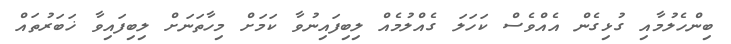
ބިންހެލުމާއި ގުޅިގެން އެއްވެސް ކަހަލަ ގެއްލުމެއް ލިބިފައިނުވާ ކަމަށް މިހާތަނަށް ލިބިފައިވާ ޚަބަރުތައް